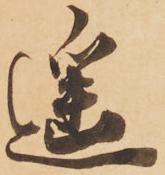
遥